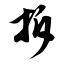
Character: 拆